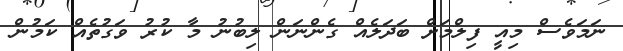
ނަމަވެސް މިއީ ފިލްމަށް ބަދަލެއް ގެންނަން ލިބުނު މާ ކުރު ވަގުތެއް ކަމުން